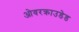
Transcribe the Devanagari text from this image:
ओवरक्राउडेड